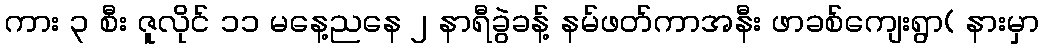
ကား ၃ စီး ဇူလိုင် ၁၁ မနေ့ညနေ ၂ နာရီခွဲခန့် နမ်ဖတ်ကာအနီး ဖာခစ်ကျေးရွာ( နားမှာ